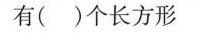
有( )个长方形